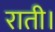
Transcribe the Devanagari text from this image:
राती।